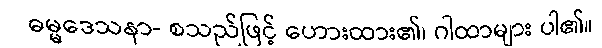
ဓမ္မဒေသနာ- စသည်ဖြင့် ဟေားထား၏၊ ဂါထာများ ပါ၏။